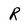
Character: R